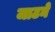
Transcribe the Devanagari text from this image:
जाटने